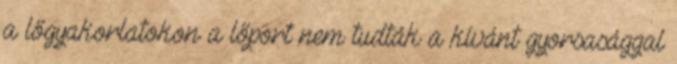
a lőgyakorlatokon a lőport nem tudták a kívánt gyorsasággal